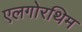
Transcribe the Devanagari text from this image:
एलगोरथिम